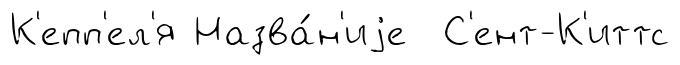
К'епп'ел'я Назва́н'иjе С'ент-К'иттс